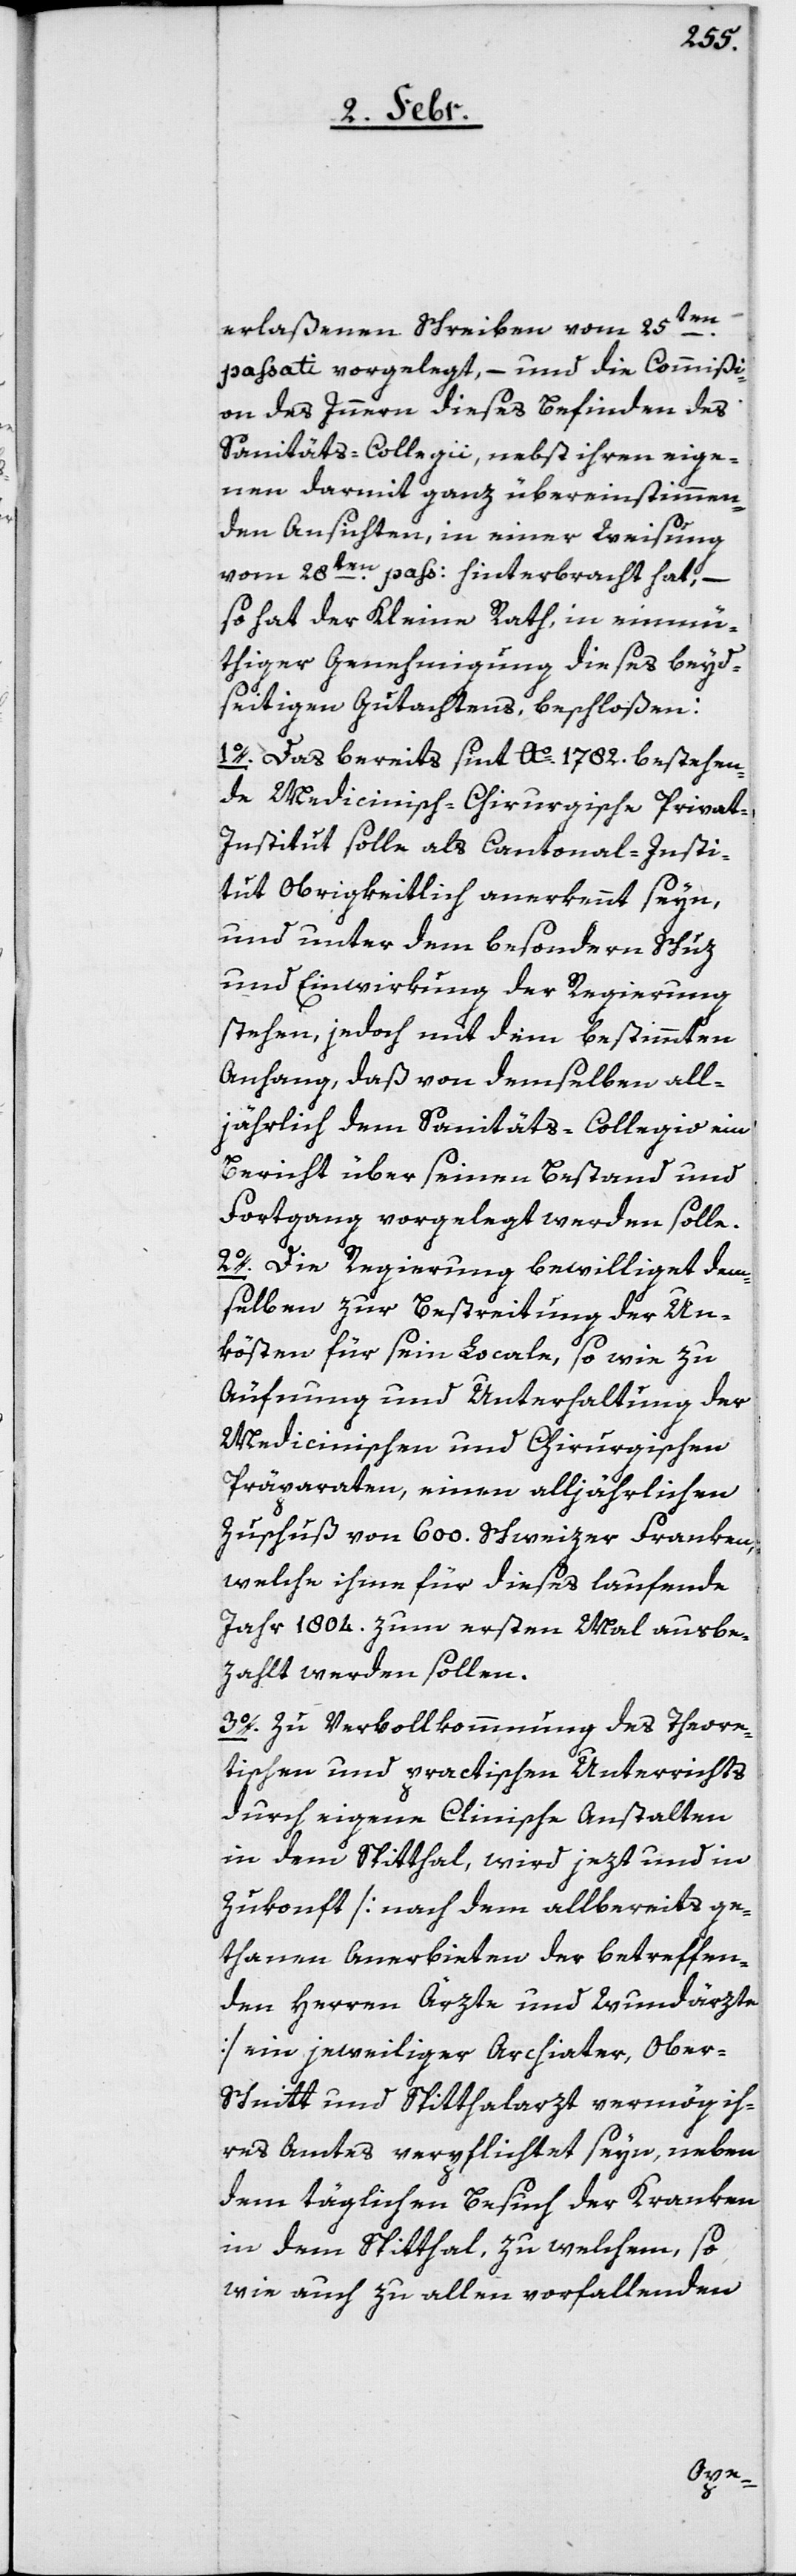
erlaßenen Schreiben vom 25ten.
passati vorgelegt, – und die Commißi¬
on des Innern dieses Befinden des
Sanitäts-Collegii, nebst ihren eige¬
nen darmit ganz übereinstimmen¬
den Ansichten, in einer Weisung
vom 28ten. pass: hinterbracht hat, –
so hat der Kleine Rath, in einmü¬
thiger Genehmigung dieses beyd¬
seitigen Gutachtens beschloßen:
1o. Das bereits seit Ao. 1782. bestehen¬
de Medicinisch-Chirurgische Privati¬
nstitut solle als Cantonal-Insti¬
tut Obrigkeitlich anerkennt seyn,
und unter dem besondern Schuz
und Einwirkung der Regierung
stehen, jedoch mit dem bestimmten
Anhang, daß von demselben all¬
jährlich dem Sanitäts-Collegio ein
Bericht über seinen Bestand und
Fortgang vorgelegt werden solle.
2o. Die Regierung bewilliget dem¬
selben zur Bestreitung der Un¬
kösten für sein Locale, sowie zu
Äufnung und Unterhaltung der
Medicinischen und Chirurgischen
Präparaten, einen alljährlichen
Zuschuß von 600. Schweizer Franken,
welche ihme für dieses laufende
Jahr 1804. zum ersten Mal ausbe¬
zahlt werden sollen.
3o. Zu Vervollkommnung des Theore¬
tischen und practischen Unterrichts
durch eigene Clinische Anstalten
in dem Spitthal, wird jezt und in
Zukonft [nach dem allbereits ge¬
thanen Anerbieten der betreffen¬
den Herren Ärzte und Wundärzte]
ein jeweiliger Archiater, Ober-S¬
chnitt und Spitthalarzt vermög ih¬
res Amtes verpflichtet seyn, neben
dem täglichen Besuch der Kranken
in dem Spitthal, zu welchem, so
wie auch zu allen vorfallenden